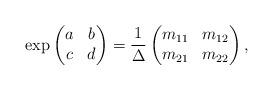
LaTeX: \begin{align*} \exp\begin{pmatrix} a&b\\c &d \end{pmatrix}=\frac{1}{\Delta}\begin{pmatrix} m_{11}&m_{12}\\ m_{21}& m_{22} \end{pmatrix},\end{align*}